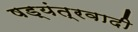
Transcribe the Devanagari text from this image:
षड्यंत्रवादी